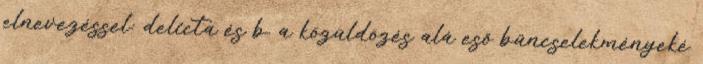
elnevezéssel: delicta és b. a közüldözés alá eső bűncselekményeké